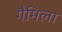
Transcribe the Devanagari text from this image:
गैमिला